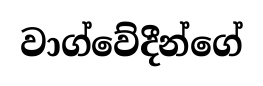
වාග්වේදීන්ගේ